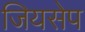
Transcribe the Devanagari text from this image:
जियसेप